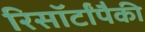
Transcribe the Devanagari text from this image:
रिसॉर्टांपैकी